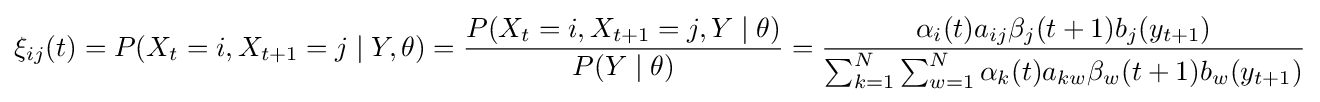
\xi _{ij}(t)=P(X_{t}=i,X_{t+1}=j\mid Y,\theta )={\frac {P(X_{t}=i,X_{t+1}=j,Y\mid \theta )}{P(Y\mid \theta )}}={\frac {\alpha _{i}(t)a_{ij}\beta _{j}(t+1)b_{j}(y_{t+1})}{\sum _{k=1}^{N}\sum _{w=1}^{N}\alpha _{k}(t)a_{kw}\beta _{w}(t+1)b_{w}(y_{t+1})}}